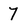
Character: 7